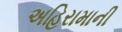
અહિરામાની